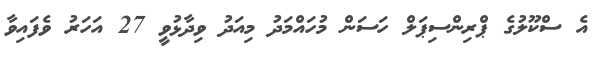
އެ ސްކޫލުގެ ޕްރިންސިޕަލް ހަސަން މުހައްމަދު މިއަދު ވިދާޅުވީ 27 އަހަރު ވެފައިވާ